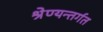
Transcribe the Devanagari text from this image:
श्रेण्यन्तर्गत